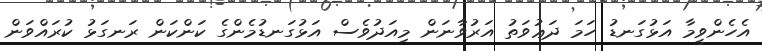
އެހެންވީމާ އަޅުގަނޑު ހަމަ ދަޢުވަތު އަރުވާނަން މިއަދުވެސް އަޅުގަނޑުމެންގެ ކަންކަން ރަނގަޅު ކުރައްވަން